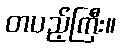
တပည့်ကြီး။